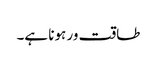
طاقت ور ہونا ہے۔